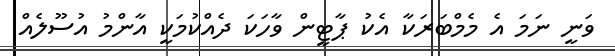
ވަނީ ނަމަ އެ މެމްބަރަކާ އެކު ޕާޓީން ވާހަކަ ދެއްކުމަކީ އާންމު އުސޫލެއް